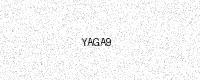
Text: YAGA9